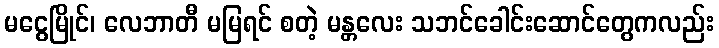
မငွေမြိုင်၊ လေဘာတီ မမြရင် စတဲ့ မန္တလေး သဘင်ခေါင်းဆောင်တွေကလည်း